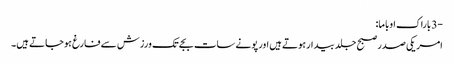
-3 باراک اوباما:
امریکی صدر صبح جلد بیدار ہوتے ہیں اور پونے سات بجے تک ورزش سے فارغ ہوجاتے ہیں۔